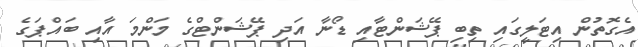
އެގޮތުން އިޓަލީގައި ތިބި ޕޭޝަންޓާއި ޑޯނާ އަދި ޕޭޝަންޓްގެ މަންމަ އާއި ބައްޕަގެ